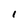
Character: I